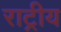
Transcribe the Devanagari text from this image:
राट्रीय